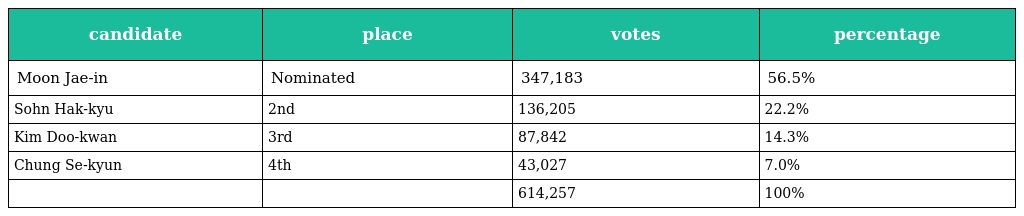
| candidate | place | votes | percentage |
 | --- | --- | --- | --- |
 | Moon Jae-in | Nominated | 347,183 | 56.5% |
 | Sohn Hak-kyu | 2nd | 136,205 | 22.2% |
 | Kim Doo-kwan | 3rd | 87,842 | 14.3% |
 | Chung Se-kyun | 4th | 43,027 | 7.0% |
 |  |  | 614,257 | 100% |